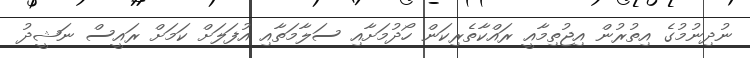
ނުދިނުމުގެ އިތުރުން އިޖުތިމާއީ ރައްކާތެރިކަން ހޯދުމަށާއި ސަލާމަތާއި އުފަލަށް ކަމަށް ރައީސް ނަޝީދު